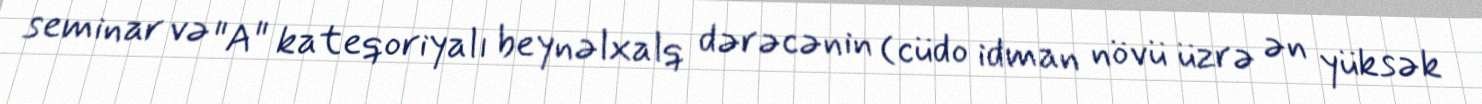
seminar və "A" kateqoriyalı beynəlxalq dərəcənin (cüdo idman növü üzrə ən yüksək